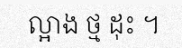
ល្អាង ថ្ម ដុះ ។